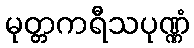
မုတ္တကရီသပုဏ္ဏံ